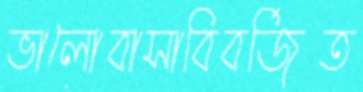
ভালোবাসাবিবর্জিত